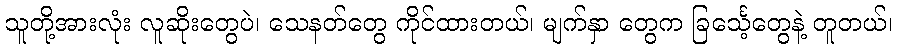
သူတို့အားလုံး လူဆိုးတွေပဲ၊ သေနတ်တွေ ကိုင်ထားတယ်၊ မျက်နှာ တွေက ခြင်္သေ့တွေနဲ့ တူတယ်၊